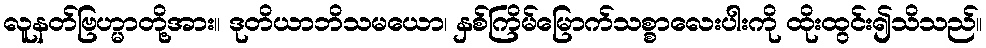
လူနတ်ဗြဟ္မာတို့အား။ ဒုတိယာဘိသမယော၊ နှစ်ကြိမ်မြောက်သစ္စာလေးပါးကို ထိုးထွင်း၍သိသည်။